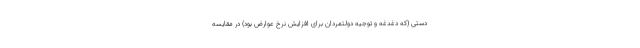
دستی (که دغدغه و توجیه دولتمردان برای افزایش نرخ عوارض بود) در مقایسه